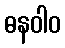
ဓနဝါဝ